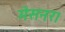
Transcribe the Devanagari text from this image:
मेसनर।